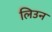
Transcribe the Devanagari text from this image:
लिउन